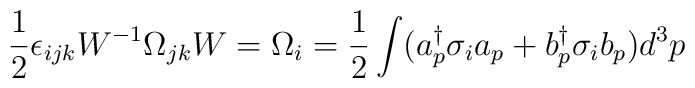
\frac{1}{2} \epsilon_{ijk} W^{-1} \Omega_{jk}  W = \Omega_{i} = \frac{1}{2} \int (a_{p}^{\dag} \sigma_{i} a_{p} + b_{p}^{\dag} \sigma_{i} b_{p})d^{3}p